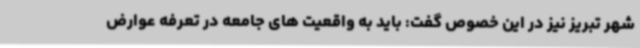
شهر تبریز نیز در این خصوص گفت: باید به واقعیت های جامعه در تعرفه عوارض